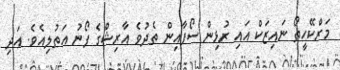
މަރްކޭހީތޯ ނައިޒަކް އައި ރުޅިން ސޯފާއިން ތެދުވެ އާރިޝްގެ ފޯނު އަތުލިއެވެ. އަދި